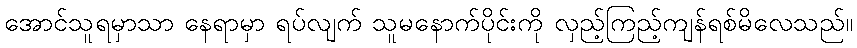
အောင်သူရမှာသာ နေရာမှာ ရပ်လျက် သူမနောက်ပိုင်းကို လှည့်ကြည့်ကျန်ရစ်မိလေသည်။